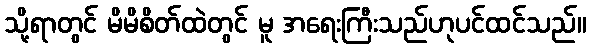
သို့ရာတွင် မိမိစိတ်ထဲတွင် မူ အရေးကြီးသည်ဟုပင်ထင်သည်။